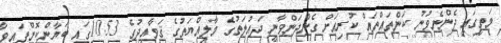
މަތީގައި ދެންނެވުނު ކަންތައްތައް ކުރިއަށް ގެންދަންވާނީ ދައުލަތުގެ މާލިއްޔަތުގެ ޤަވާއިދުގެ 10.53ގައި ބަޔާންކޮށްފައިވާ